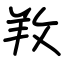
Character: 䍩